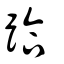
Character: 跲